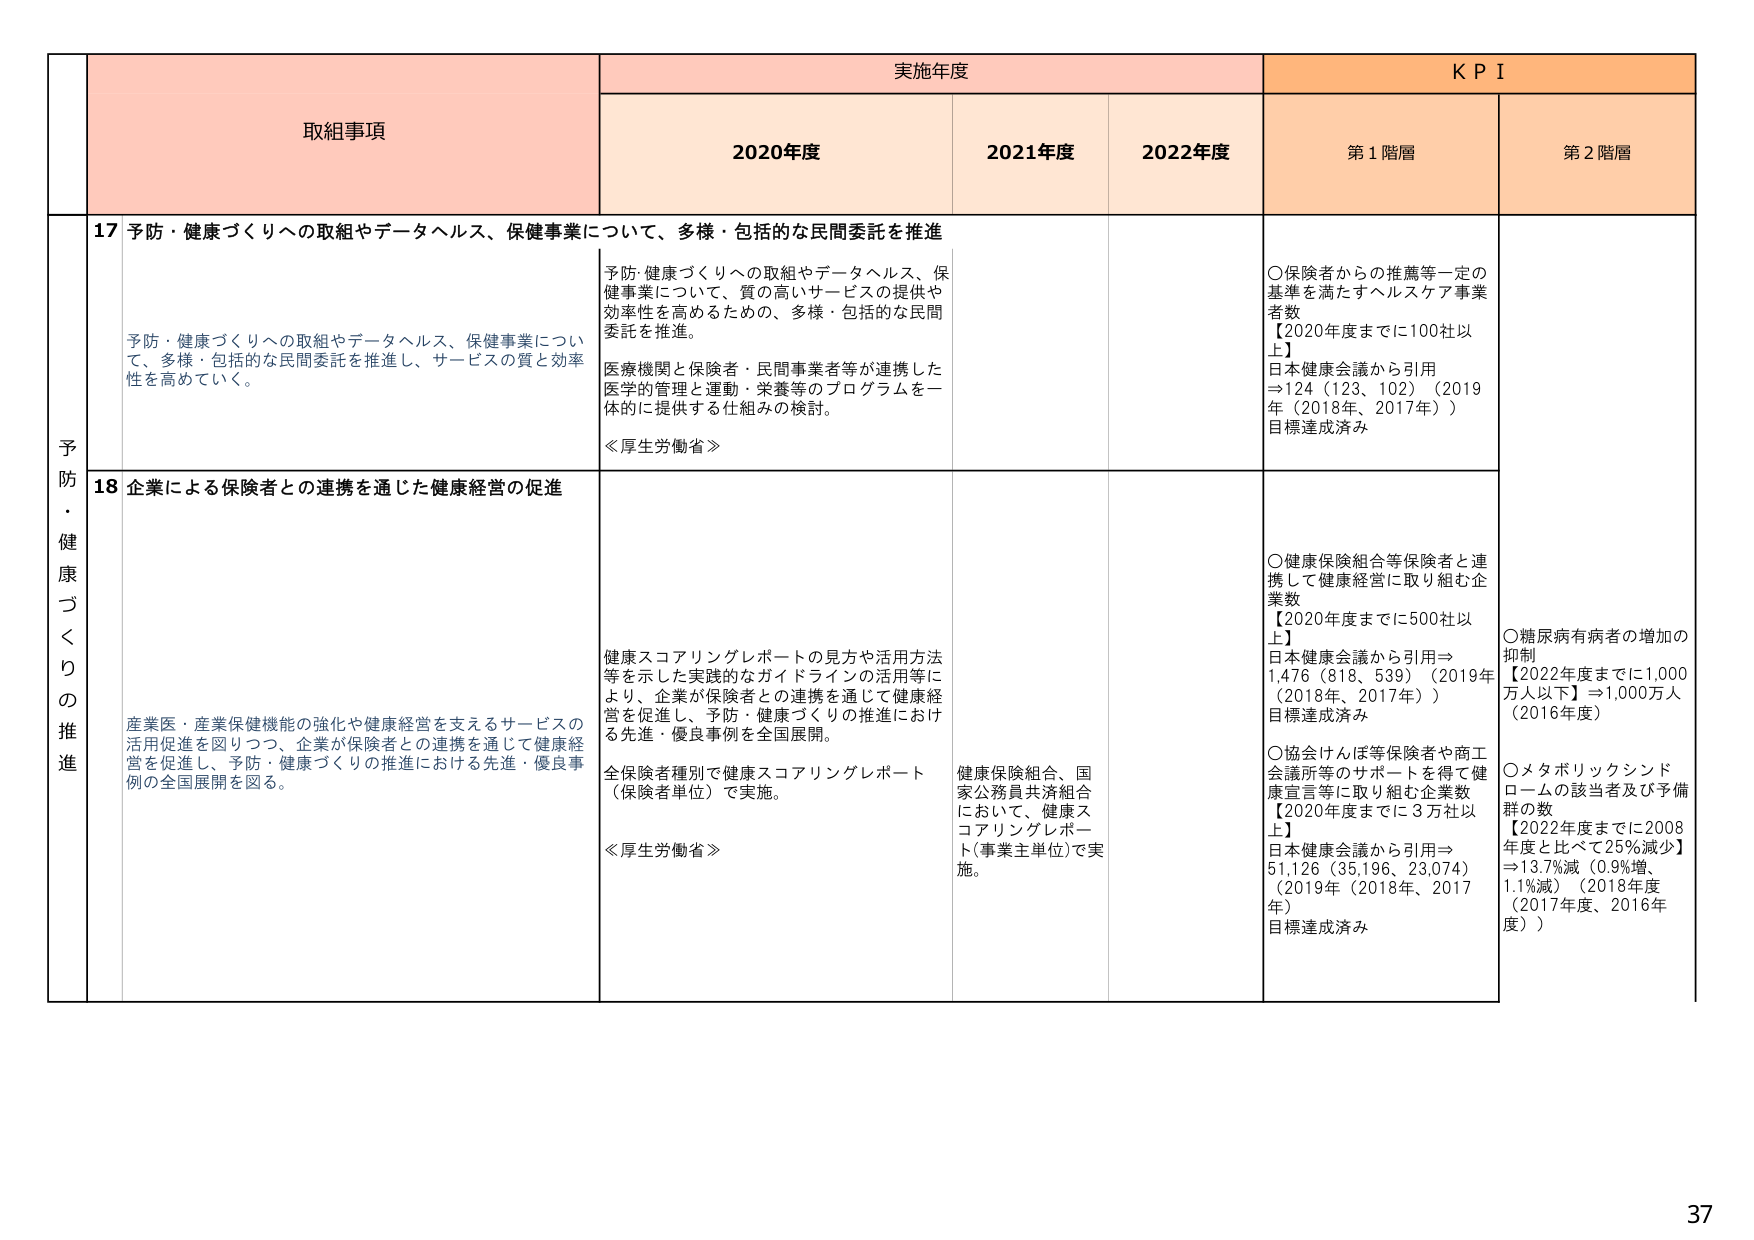
予防・健康づくりの推進

取組事項

実施年度

KPI

2020年度

2021年度

2022年度

第1階層

第2階層

17 予防・健康づくりへの取組やデータヘルス、保健事業について、多様・包括的な民間委託を推進

予防・健康づくりへの取組やデータヘルス、保健事業について、多様・包括的な民間委託を推進し、サービスの質と効率性を高めていく。

予防・健康づくりへの取組やデータヘルス、保健事業について、質の高いサービスの提供や効率性を高めるための、多様・包括的な民間委託を推進。

医療機関と保険者・民間事業者等が連携した医学的管理と運動・栄養等のプログラムを一体的に提供する仕組みの検討。

≪厚生労働省≫

○保険者からの推薦等一定の基準を満たすヘルスケア事業者数
【2020年度までに100社以上】
日本健康会議から引用
⇒124（123、102）（2019年（2018年、2017年））
目標達成済み

18 企業による保険者との連携を通じた健康経営の促進

産業医・産業保健機能の強化や健康経営を支えるサービスの活用促進を図りつつ、企業が保険者との連携を通じて健康経営を促進し、予防・健康づくりの推進における先進・優良事例の全国展開を図る。

健康スコアリングレポートの見方や活用方法等を示した実践的なガイドラインの活用等により、企業が保険者との連携を通じて健康経営を促進し、予防・健康づくりの推進における先進・優良事例を全国展開。

全保険者種別で健康スコアリングレポート（保険者単位）で実施。

≪厚生労働省≫

健康保険組合、国家公務員共済組合において、健康スコアリングレポート（事業主単位）で実施。

○健康保険組合等保険者と連携して健康経営に取り組む企業数
【2020年度までに500社以上】
日本健康会議から引用⇒
1,476（818、539）（2019年（2018年、2017年））
目標達成済み

○協会けんぽ等保険者や商工会議所等のサポートを得て健康宣言等に取り組む企業数
【2020年度までに3万社以上】
日本健康会議から引用⇒
51,126（35,196、23,074）（2019年（2018年、2017年））
目標達成済み

○糖尿病有病者の増加の抑制
【2022年度までに1,000万人以下】＝1,000万人（2016年度）

○メタボリックシンドロームの該当者及び予備群の数
【2022年度までに2008年度と比べて25％減少】
⇒13.7％減（0.9％増、1.1％減）（2018年度（2017年度、2016年度））

37